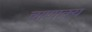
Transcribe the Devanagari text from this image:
चाणाक्य